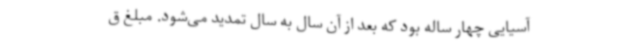
آسیایی چهار ساله بود که بعد از آن سال به سال تمدید می‌شود. مبلغ ق